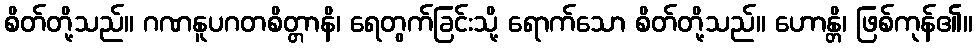
စိတ်တို့သည်။ ဂဏနူပဂတစိတ္တာနိ၊ ရေတွက်ခြင်းသို့ ရောက်သော စိတ်တို့သည်။ ဟောန္တိ၊ ဖြစ်ကုန်၏။